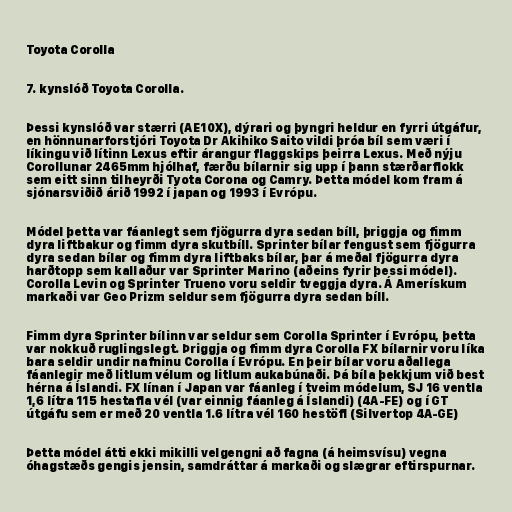
Toyota Corolla

7. kynslóð Toyota Corolla.

Þessi kynslóð var stærri (AE10X), dýrari og þyngri heldur en fyrri útgáfur,
en hönnunarforstjóri Toyota Dr Akihiko Saito vildi þróa bíl sem væri í
líkingu við lítinn Lexus eftir árangur flaggskips þeirra Lexus. Með nýju
Corollunar 2465mm hjólhaf, færðu bílarnir sig upp í þann stærðarflokk
sem eitt sinn tilheyrði Tyota Corona og Camry. Þetta módel kom fram á
sjónarsviðið árið 1992 í japan og 1993 í Evrópu.

Módel þetta var fáanlegt sem fjögurra dyra sedan bíll, þriggja og fimm
dyra liftbakur og fimm dyra skutbíll. Sprinter bílar fengust sem fjögurra
dyra sedan bílar og fimm dyra liftbaks bílar, þar á meðal fjögurra dyra
harðtopp sem kallaður var Sprinter Marino (aðeins fyrir þessi módel).
Corolla Levin og Sprinter Trueno voru seldir tveggja dyra. Á Amerískum
markaði var Geo Prizm seldur sem fjögurra dyra sedan bíll.

Fimm dyra Sprinter bílinn var seldur sem Corolla Sprinter í Evrópu, þetta
var nokkuð ruglingslegt. Þriggja og fimm dyra Corolla FX bílarnir voru líka
bara seldir undir nafninu Corolla í Evrópu. En þeir bílar voru aðallega
fáanlegir með litlum vélum og litlum aukabúnaði. Þá bíla þekkjum við best
hérna á Íslandi. FX línan í Japan var fáanleg í tveim módelum, SJ 16 ventla
1,6 lítra 115 hestafla vél (var einnig fáanleg á Íslandi) (4A-FE) og í GT
útgáfu sem er með 20 ventla 1.6 lítra vél 160 hestöfl (Silvertop 4A-GE)

Þetta módel átti ekki mikilli velgengni að fagna (á heimsvísu) vegna
óhagstæðs gengis jensin, samdráttar á markaði og slægrar eftirspurnar.